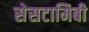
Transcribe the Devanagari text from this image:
सेसटामिबी